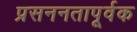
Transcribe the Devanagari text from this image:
प्रसननतापूर्वक